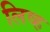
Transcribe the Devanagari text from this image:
लिव्ह